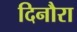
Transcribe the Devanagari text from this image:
दिनौरा